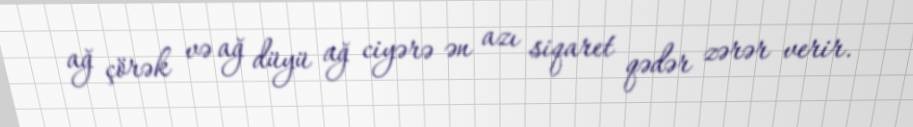
ağ çörək və ağ düyü ağ ciyərə ən azı siqaret qədər zərər verir.